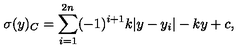
\sigma ( y ) _ { C } = \sum _ { i = 1 } ^ { 2 n } ( - 1 ) ^ { i + 1 } k | y - y _ { i } | - k y + c , \,